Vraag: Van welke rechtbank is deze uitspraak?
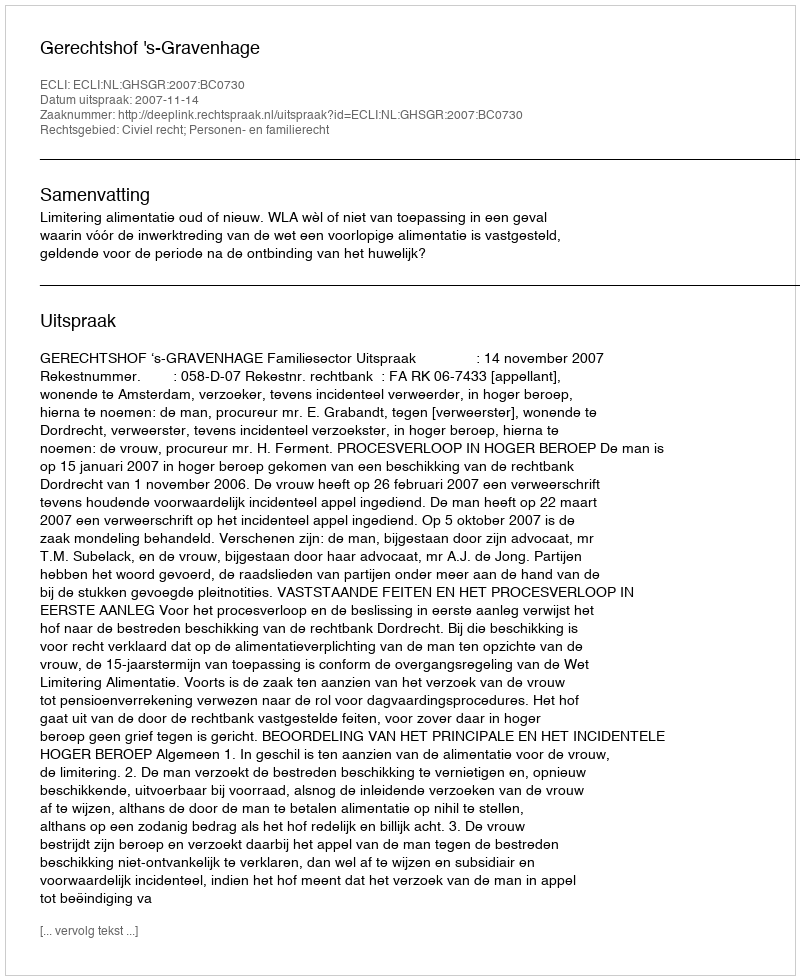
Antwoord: Gerechtshof 's-Gravenhage